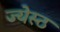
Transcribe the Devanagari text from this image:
ज्येस्ठ